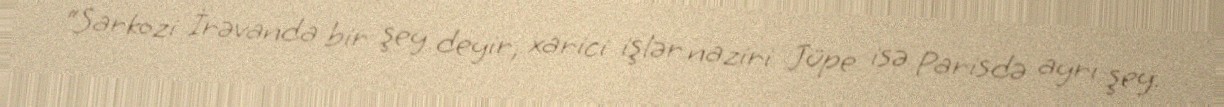
“Sarkozi İrəvanda bir şey deyir, xarici işlər naziri Jüpe isə Parisdə ayrı şey.